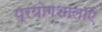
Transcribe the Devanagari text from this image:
प्रयोगशालाऍं